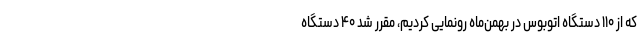
که از ۱۱۰ دستگاه اتوبوس در بهمن‌ماه رونمایی کردیم، مقرر شد ۴۰ دستگاه